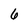
Character: 6